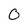
Character: O